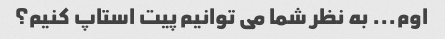
اوم... به نظر شما می توانیم پیت استاپ کنیم؟